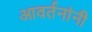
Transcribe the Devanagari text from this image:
आवर्तनांनी